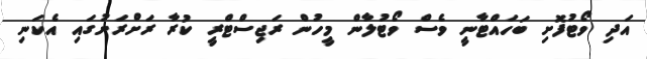
އަދި ވޯޓުފޮށި ބަހައްޓާނީ ވެސް ވޯޓުލާން މީހުން ރަޖިސްޓްރީ ކުރާ ރަށްރަށުގައި އެކަނި